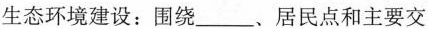
生态环境建设：围绕____、居民点和主要交